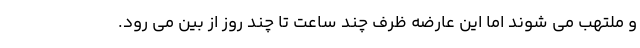
و ملتهب می شوند اما این عارضه ظرف چند ساعت تا چند روز از بین می رود.